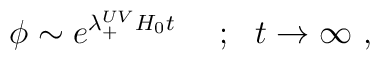
\phi \sim e^{\lambda^{UV}_{+} H_0 t}~~~~;~~t\to\infty ~,